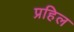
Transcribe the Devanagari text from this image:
प्रहिल